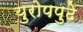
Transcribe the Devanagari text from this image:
युरोपपुढे